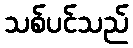
သစ်ပင်သည်